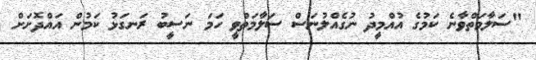
"ސަލާމަތްވާނެ ކަމުގެ އުއްމީދު ނުގެއްލުނަސް ސަލާމަތްވީ ހަމަ ނަސީބު ރަނގަޅު ކަމުން އައްދޮށަށް